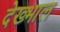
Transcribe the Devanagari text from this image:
देख्भाल